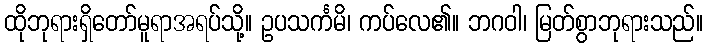
ထိုဘုရားရှိတော်မူရာအရပ်သို့။ ဥပသင်္ကမိ၊ ကပ်လေ၏။ ဘဂဝါ၊ မြတ်စွာဘုရားသည်။